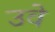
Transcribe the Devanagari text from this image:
उवे